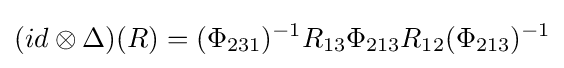
(id\otimes \Delta )(R)=(\Phi _{231})^{-1}R_{13}\Phi _{213}R_{12}(\Phi _{213})^{-1}